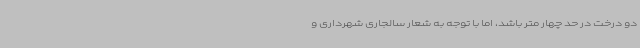
دو درخت در حد چهار متر باشد، اما با توجه به شعار سالجاری شهرداری و